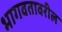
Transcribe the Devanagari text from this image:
भागवतावरील